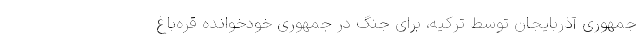
جمهوری آذربایجان توسط ترکیه، برای جنگ در جمهوری خودخوانده قره‌باغ